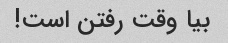
بیا وقت رفتن است!